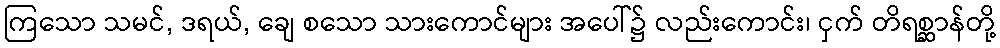
ကြသော သမင်, ဒရယ်, ချေ စသော သားကောင်များ အပေါ်၌ လည်းကောင်း၊ ငှက် တိရစ္ဆာန်တို့